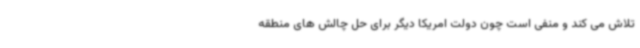
تلاش می کند و منفی است چون دولت امریکا دیگر برای حل چالش های منطقه